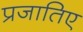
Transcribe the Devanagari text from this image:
प्रजातिए